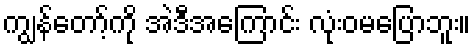
ကျွန်တော့်ကို အဲဒီအကြောင်း လုံးဝမပြောဘူး။